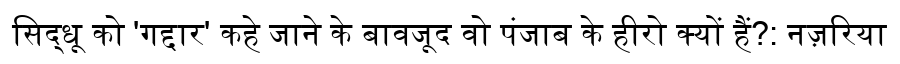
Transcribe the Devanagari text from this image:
सिद्धू को 'गद्दार' कहे जाने के बावजूद वो पंजाब के हीरो क्यों हैं?: नज़रिया